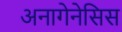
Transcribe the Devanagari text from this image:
अनागेनेसिस